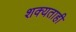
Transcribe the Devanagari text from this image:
शक्‍यताही